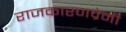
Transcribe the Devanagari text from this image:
राजकारणप्रेमी